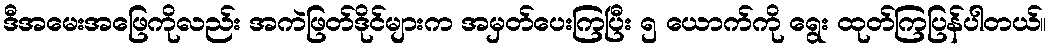
ဒီအမေးအဖြေကိုလည်း အကဲဖြတ်ဒိုင်များက အမှတ်ပေးကြပြီး ၅ ယောက်ကို ရွေး ထုတ်ကြပြန်ပါတယ်။